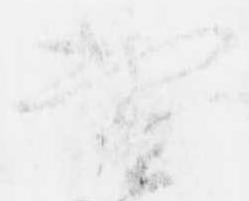
実